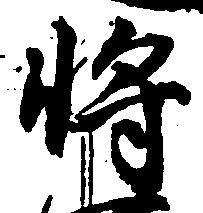
将